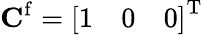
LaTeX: \mathbf{C}^{\mathrm{f}}=\left[\begin{array}{lll}{1}&{0}&{0}\end{array}\right]^{\mathrm{T}}